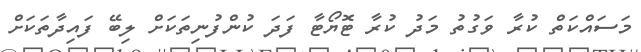
މަސައްކަތް ކުރާ ވަގުތު މަދު ކުރާ ޓޮޔޯޓާ ފަދަ ކުންފުނިތަކަށް ލިބޭ ފައިދާތަކަށް